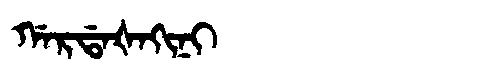
Manchu: ᡤᠠᡵᡩᠠᡧᠠᡴᡳᠨᡳ
Romanization: GARDAŠAKINI